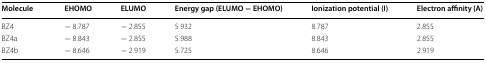
| Molecule | EHOMO | ELUMO | Energy gap (ELUMO − EHOMO) | Ionization potential (I) | Electron affinity (A) |
 | --- | --- | --- | --- | --- | --- |
 | BZ4 | − 8.787 | − 2.855 | 5.932 | 8.787 | 2.855 |
 | BZ4a | − 8.843 | − 2.855 | 5.988 | 8.843 | 2.855 |
 | BZ4b | − 8.646 | − 2.919 | 5.725 | 8.646 | 2.919 |